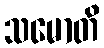
သမောတိ